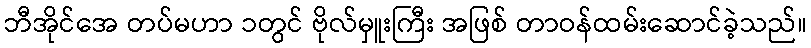
ဘီအိုင်အေ တပ်မဟာ ၁တွင် ဗိုလ်မှူးကြီး အဖြစ် တာဝန်ထမ်းဆောင်ခဲ့သည်။